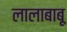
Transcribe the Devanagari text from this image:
लालाबाबू